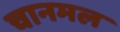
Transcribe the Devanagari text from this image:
चानमल